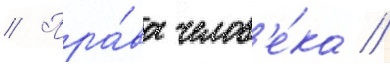
// Пра́ва челов'е́ка //